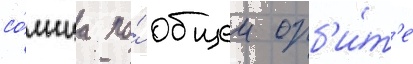
со́лнца по́ общеи орб'и́т'е